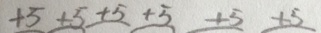
+ 5 + 5 + 5 + 5 + 5 + 5